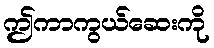
ဤကာကွယ်ဆေးကို